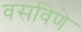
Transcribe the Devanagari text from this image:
वसविणे